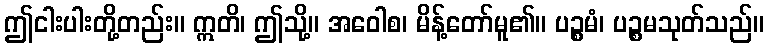
ဤငါးပါးတို့တည်း။ ဣတိ၊ ဤသို့။ အဝေါစ၊ မိန့်တော်မူ၏။ ပဉ္စမံ၊ ပဉ္စမသုတ်သည်။